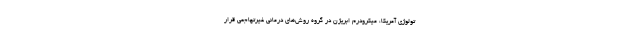
تولوژی آمریکا، میکرودرم ابریژن در گروه روش‌های درمانی غیرتهاجمی قرار